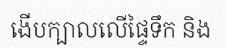
ងើបក្បាលលើផ្ទៃទឹក និង